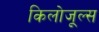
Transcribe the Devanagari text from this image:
किलोजूल्स